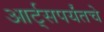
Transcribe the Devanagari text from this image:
आर्ट्‌सपर्यंतचे